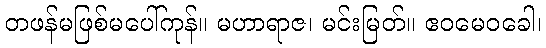
တဖန်မဖြစ်မပေါ်ကုန်။ မဟာရာဇ၊ မင်းမြတ်။ ဧဝမေဝခေါ၊